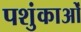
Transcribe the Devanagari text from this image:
पशुंकाओं